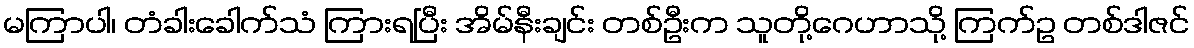
မကြာပါ၊ တံခါးခေါက်သံ ကြားရပြီး အိမ်နီးချင်း တစ်ဦးက သူတို့ဂေဟာသို့ ကြက်ဥ တစ်ဒါဇင်